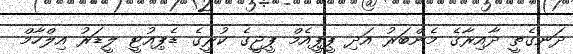
ދަނގެތީ ދާއިރާގެ މެންބަރު އަދި ޕީޕީއެމް ޕީޖީގެ ކުރީގެ ޑެޕިއުޓީ ލީޑަރު އިލްހާމް